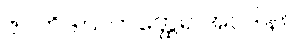
ဇဂတိဒါယကတ္ထေရ အပဒါန။